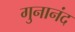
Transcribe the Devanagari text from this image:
गुनानंद